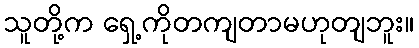
သူတို့က ရှေ့ကိုတကျတာမဟုတျဘူး။